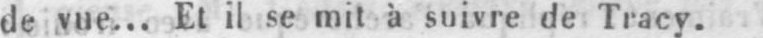
de vue... Et il se mit à suivre de Tracy.